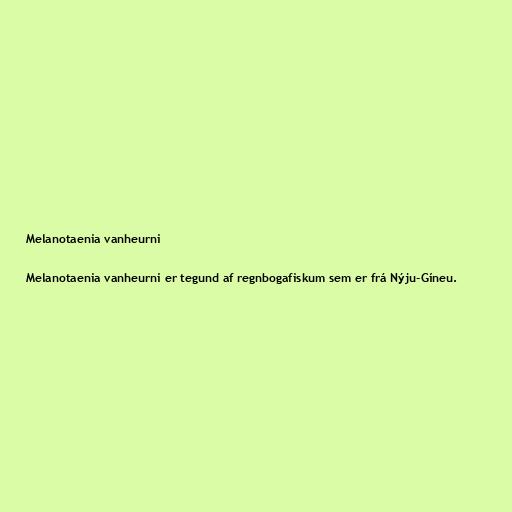
Melanotaenia vanheurni

Melanotaenia vanheurni er tegund af regnbogafiskum sem er frá Nýju-Gíneu.